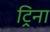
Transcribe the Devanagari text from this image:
ट्रिना